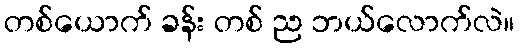
တစ်ယောက် ခန်း တစ် ည ဘယ်လောက်လဲ။